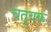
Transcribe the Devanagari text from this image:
चतुवक